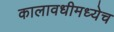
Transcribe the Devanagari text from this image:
कालावधीमध्येच